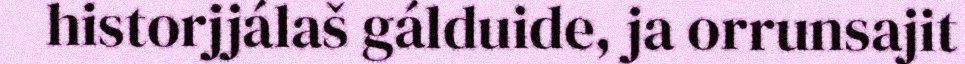
historjjálaš gálduide, ja orrunsajit